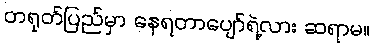
တရုတ်ပြည်မှာ နေရတာပျော်ရဲ့လား ဆရာမ။